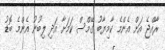
ރާއްޖެ އަށް އެންމެ ކާމިޔާބު ގޭމްސް ކަމަށާ އަދި ލިބުނު އެންމެ ބޮޑު